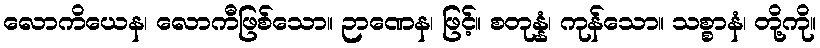
လောကိယေန၊ လောကီဖြစ်သော။ ဉာဏေန၊ ဖြင့်။ စတုန္နံ၊ ကုန်သော။ သစ္စာနံ၊ တို့ကို။